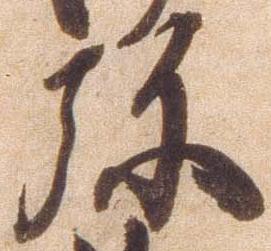
弥